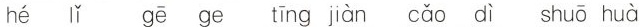
hé Iǐ gē ge īng jiàn cǎo dì shuō huà